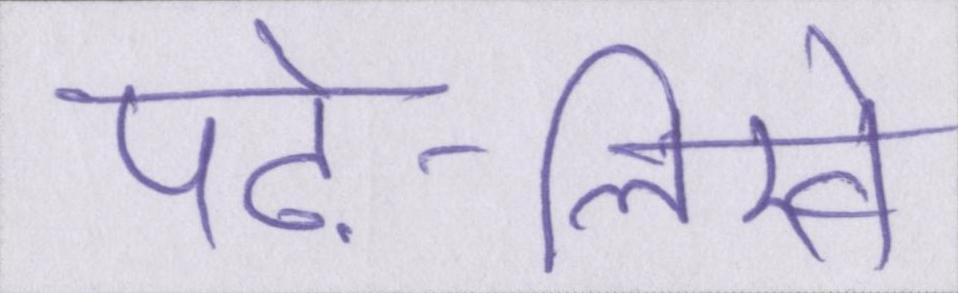
पढ़े-लिखे